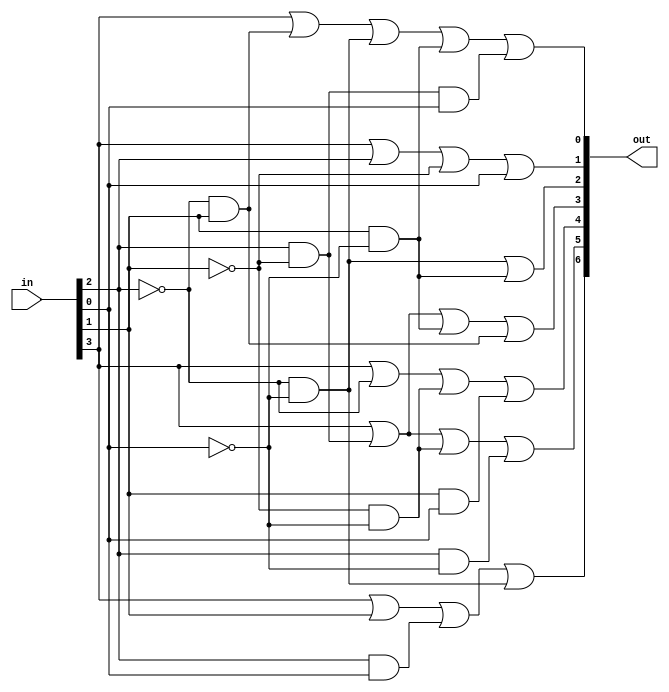
/*
 http://www.allaboutcircuits.com/textbook/digital/chpt-9/encoder/
 output:
  --         6
 |  |      5   4
  --         3
 |  |      2   1
  --         0
*/


module bcd(out, in);
   input [3:0] in;
   output [6:0] out;

   assign out[0] = in[3] | ((~in[2])&(in[1])) | ((~in[2])&(~in[0])) | (in[1]&(~in[0])) | (in[2]&(~in[1])&(in[0]));
   assign out[1] = in[3] | in[2] | (~in[1]) | in[0];
   assign out[2] = ((~in[2])&(~in[0])) | (in[1]&(~in[0]));
   assign out[3] = in[3] | (in[2]&(~in[1])) | (in[1]&(~in[0])) | ((~in[2])&in[1]);
   assign out[4] = in[3] | (~in[2]) | ((~in[1])&(~in[0])) | (in[1]&in[0]);
   assign out[5] = in[3] | (in[2]&(~in[1])) | ((~in[1])&(~in[0])) | (in[2]&(~in[0]));
   assign out[6] = in[3] | in[1] | (in[2]&in[0]) | ((~in[2])&(~in[0]));

endmodule